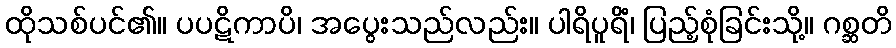
ထိုသစ်ပင်၏။ ပပဋိကာပိ၊ အပွေးသည်လည်း။ ပါရိပူရိံ၊ ပြည့်စုံခြင်းသို့။ ဂစ္ဆတိ